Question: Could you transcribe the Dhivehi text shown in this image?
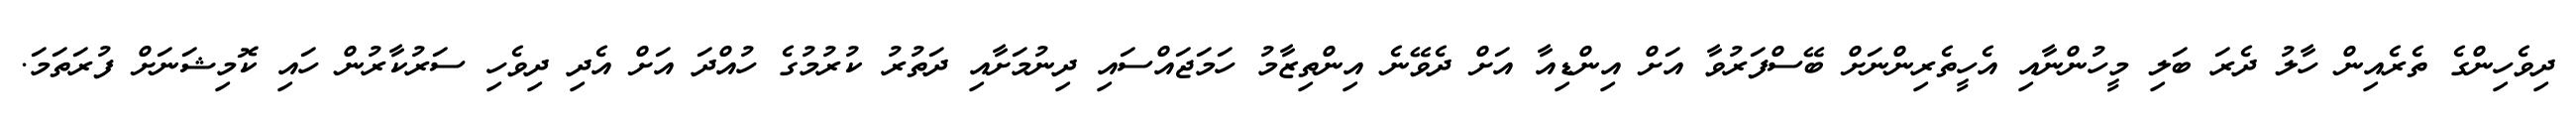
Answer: ދިވެހިންގެ ތެރެއިން ހާލު ދެރަ ބަލި މީހުންނާއި އެހީތެރިންނަށް ބޭސްފަރުވާ އަށް އިންޑިއާ އަށް ދެވޭނެ އިންތިޒާމު ހަމަޖައްސައި ދިނުމަށާއި ދަތުރު ކުރުމުގެ ހުއްދަ އަށް އެދި ދިވެހި ސަރުކާރުން ހައި ކޮމިޝަނަށް ފުރަތަމަ.